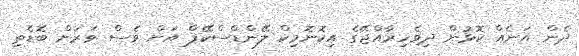
ދެން އަނެއް ކޮޅުން ދިވެހިރާއްޖޭގެ އިކޮނޮމިކް ލޭންޑްސްކޭޕް އަށް ވެސް ވަރަށް ބޮޑެތި